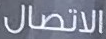
الاتصال